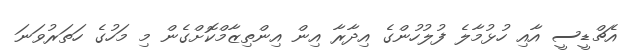
އެޗްޑީސީ އާއި ހުޅުމާލެ ފުލުހުންގެ އިދާރާ އިން އިންތިޒާމްކޮށްގެން މި މަހުގެ ހަތަރުވަނަ